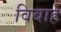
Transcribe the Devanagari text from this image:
विबाह